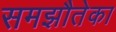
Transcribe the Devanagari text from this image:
समझौतेका